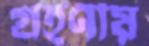
গ্রহণীয়